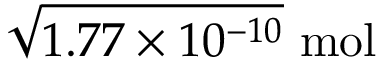
{ \sqrt { 1 . 7 7 \times 1 0 ^ { - 1 0 } } } \ \mathrm { m o l }